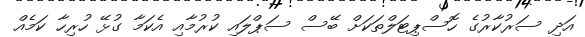
އަދި ސަރުކާރުގެ ހޮސްޕިޓަލްތަކަށް ބޭސް ސަޕްލައި ކުރުމާއި އެކަމާ ގުޅޭ ހުރިހާ ކަމެއް